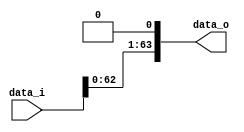
//--------------------------------------------------------------------------------
//Version:     1
//--------------------------------------------------------------------------------
//Description: 
//--------------------------------------------------------------------------------

module Shift_Left_One_64(
    data_i,
    data_o
    );

//I/O ports                    
input [64-1:0] data_i;
output [64-1:0] data_o;

reg [64-1:0] data_o;

//shift left 1
always@( data_i ) begin
    data_o = data_i << 1;
end
endmodule